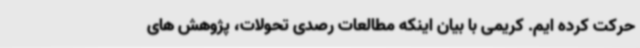
حرکت کرده ایم. کریمی با بیان اینکه مطالعات رصدی تحولات، پژوهش های